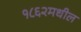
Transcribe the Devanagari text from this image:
१८६२मधील